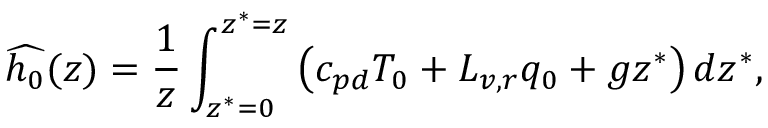
\widehat { h _ { 0 } } ( z ) = \frac { 1 } { z } \int _ { z ^ { * } = 0 } ^ { z ^ { * } = z } \left( c _ { p d } T _ { 0 } + L _ { v , r } q _ { 0 } + g z ^ { * } \right) d z ^ { * } ,